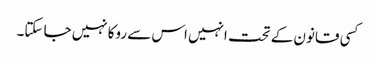
کسی قانون کے تحت انہیں اس سے روکانہیں جا سکتا۔